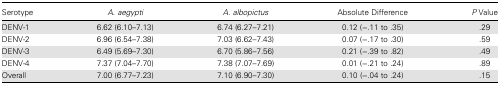
<table><thead><tr><td><b>Serotype</b></td><td><b><i>A. aegypti</i></b></td><td><b><i>A. albopictus</i></b></td><td><b>Absolute Difference</b></td><td><b><i>P</i> Value</b></td></tr></thead><tbody><tr><td>DENV-1</td><td>6.62 (6.10–7.13)</td><td>6.74 (6.27–7.21)</td><td>0.12 (−.11 to .35)</td><td>.29</td></tr><tr><td>DENV-2</td><td>6.96 (6.54–7.38)</td><td>7.03 (6.62–7.43)</td><td>0.07 (−.17 to .30)</td><td>.59</td></tr><tr><td>DENV-3</td><td>6.49 (5.69–7.30)</td><td>6.70 (5.86–7.56)</td><td>0.21 (−.39 to .82)</td><td>.49</td></tr><tr><td>DENV-4</td><td>7.37 (7.04–7.70)</td><td>7.38 (7.07–7.69)</td><td>0.01 (−.21 to .24)</td><td>.89</td></tr><tr><td>Overall</td><td>7.00 (6.77–7.23)</td><td>7.10 (6.90–7.30)</td><td>0.10 (−.04 to .24)</td><td>.15</td></tr></tbody></table>